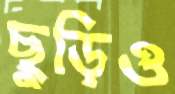
ছুড়িও